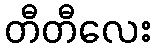
တီတီလေး